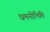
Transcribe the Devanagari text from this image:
धमनीभित्ति